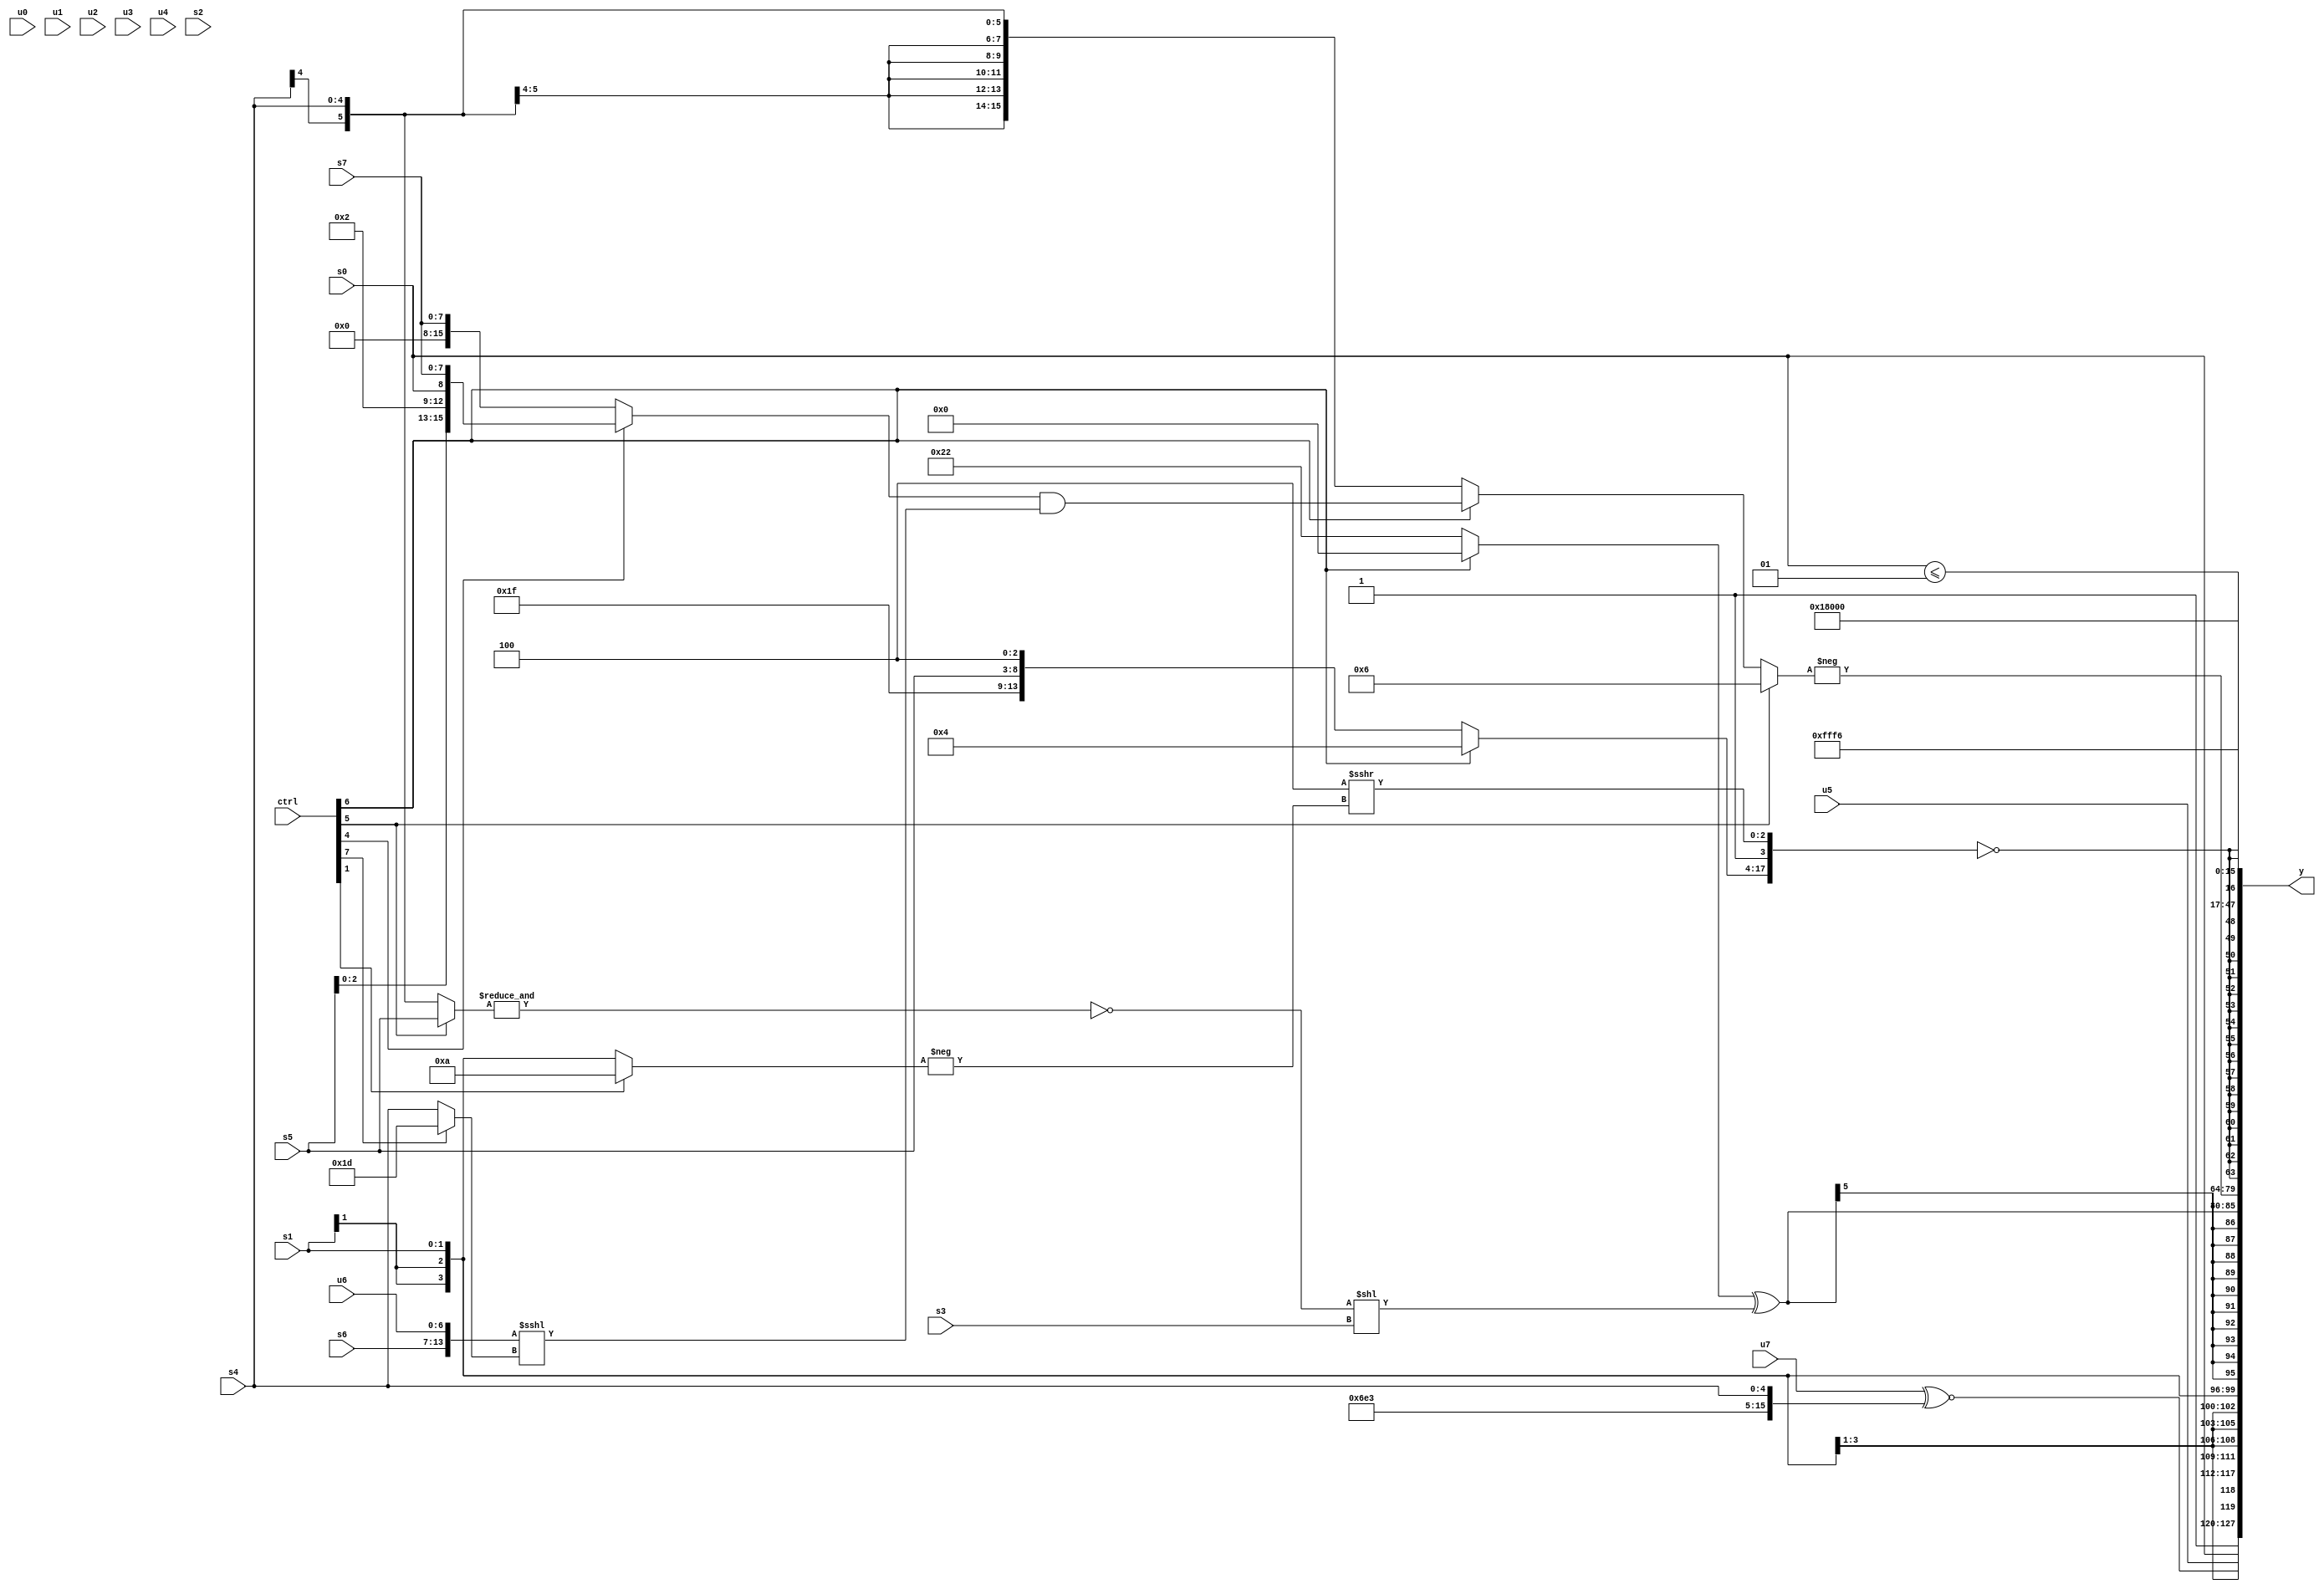
module wideexpr_00604(ctrl, u0, u1, u2, u3, u4, u5, u6, u7, s0, s1, s2, s3, s4, s5, s6, s7, y);
  input [7:0] ctrl;
  input [0:0] u0;
  input [1:0] u1;
  input [2:0] u2;
  input [3:0] u3;
  input [4:0] u4;
  input [5:0] u5;
  input [6:0] u6;
  input [7:0] u7;
  input signed [0:0] s0;
  input signed [1:0] s1;
  input signed [2:0] s2;
  input signed [3:0] s3;
  input signed [4:0] s4;
  input signed [5:0] s5;
  input signed [6:0] s6;
  input signed [7:0] s7;
  output [127:0] y;
  wire [15:0] y0;
  wire [15:0] y1;
  wire [15:0] y2;
  wire [15:0] y3;
  wire [15:0] y4;
  wire [15:0] y5;
  wire [15:0] y6;
  wire [15:0] y7;
  assign y = {y0,y1,y2,y3,y4,y5,y6,y7};
  assign y0 = +({4{($signed({s6,(u7)^~({6'sb011011,6'sb100011,s4}),$signed({1'sb1,s0,u5})}))>>(3'sb000)}});
  assign y1 = s1;
  assign y2 = $signed(((ctrl[6]?2'sb00:+(6'sb100010)))^(($signed($signed(~&((ctrl[5]?s5:s4)))))<<(s3)));
  assign y3 = -((ctrl[5]?4'sb0110:(ctrl[6]?$signed(((ctrl[4]?{s5,4'b0010,s0,s7}:$unsigned(s7)))&(({1'sb0,s6,u6})<<<((ctrl[7]?4'sb1101:s4)))):s4)));
  assign y4 = $signed($signed(!({(ctrl[6]?(5'sb00010)<<<(&(1'sb1)):{((5'sb01101)>>(5'sb10110))|(+(1'sb1)),s5,^(+(3'sb100)),2'sb00}),(|($unsigned({1{1'sb1}})))>>>(-(4'sb0000)),$signed((3'sb100)>>>(-((ctrl[1]?4'sb1010:s1))))})));
  assign y5 = 2'b11;
  assign y6 = $unsigned((s0)<=(2'sb01));
  assign y7 = -({1{4'sb1010}});
endmodule